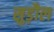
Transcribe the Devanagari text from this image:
सुड़ौल